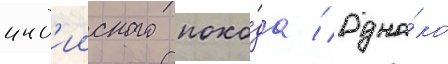
инд'ииского похо́да // Одна́ко